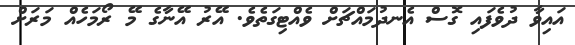
އައިވާ ދުވެފައި ގޮސް އެނދުމައްޗަށް ވެއްޓިގަތެވެ. އޭރު އޭނާގެ މޭ ރޯމަހެއް މަރަށް